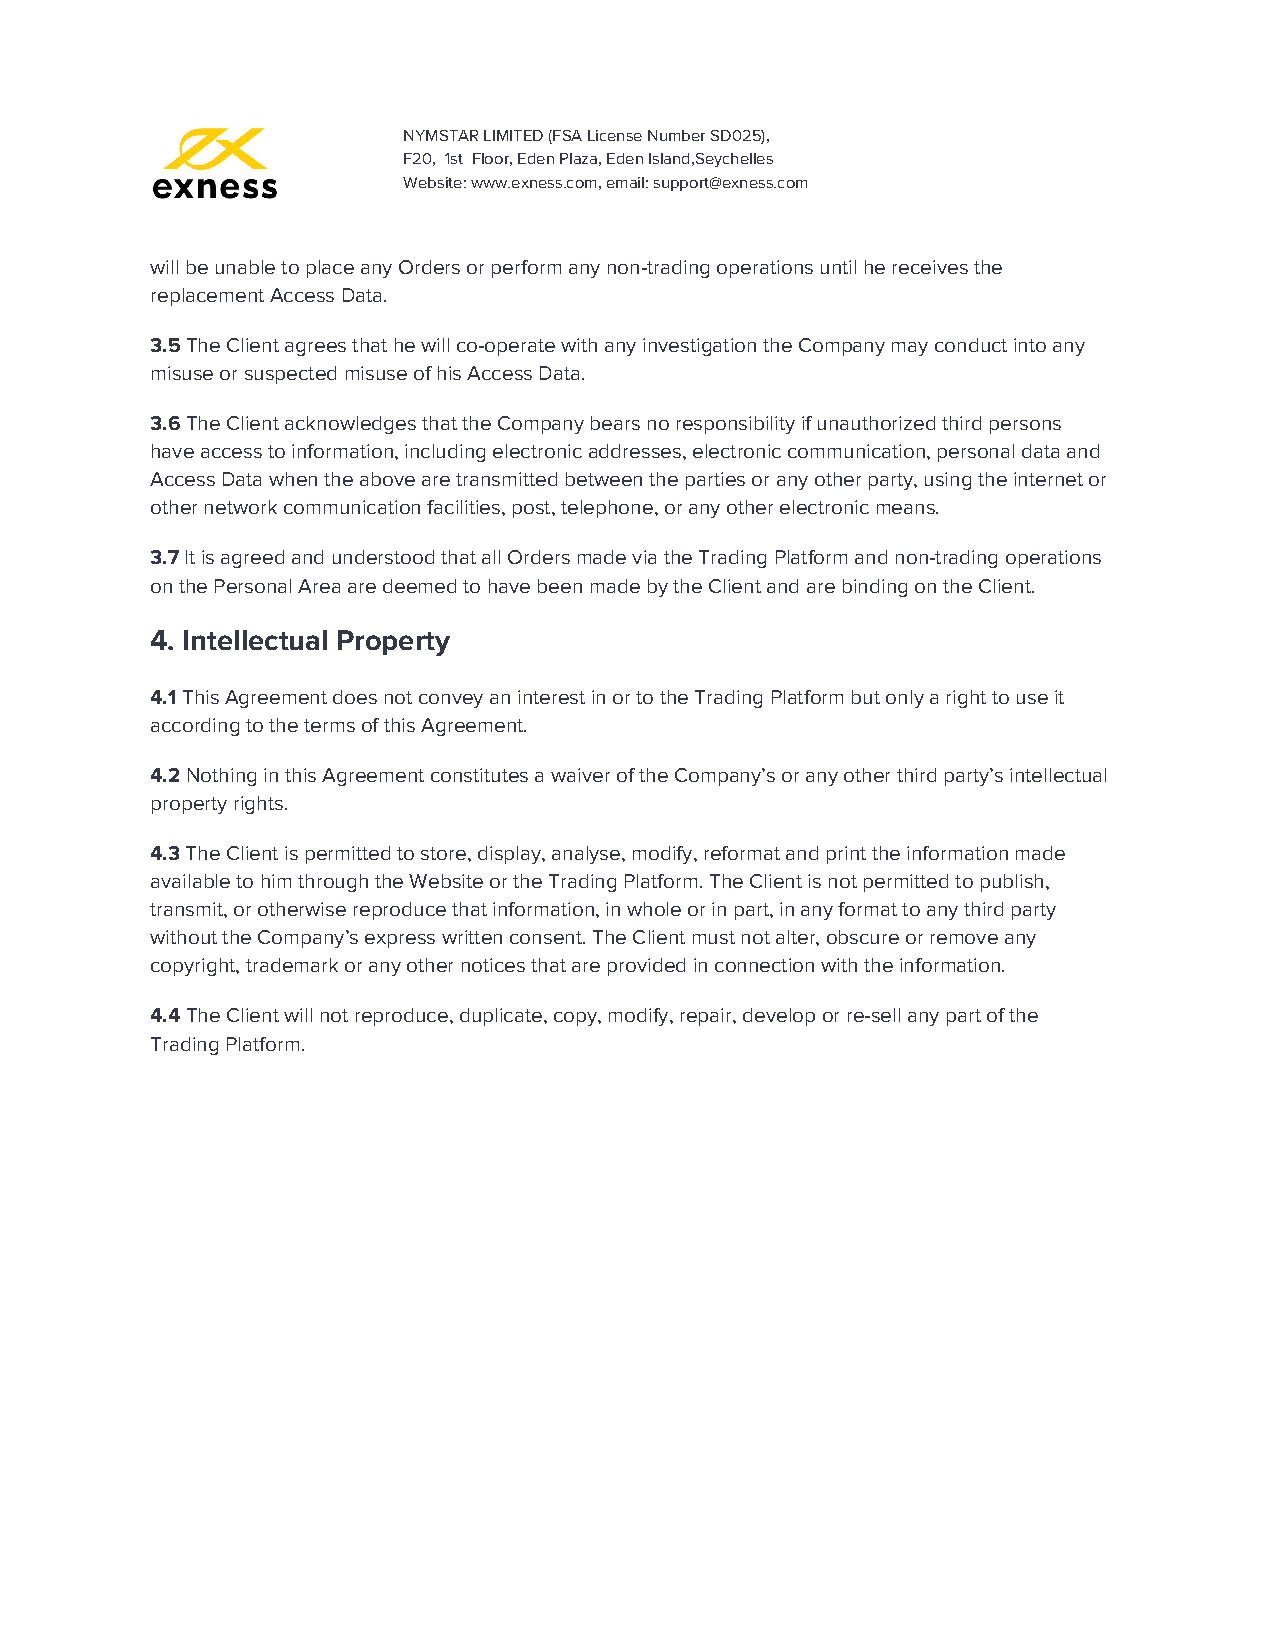
NYMSTAR LIMITED (FSA License Number SD025),
 F20, 1st Floor, Eden Plaza, Eden Island,Seychelles
 Website: www.exness.com, email: support@exness.com
 will be unable to place any Orders or perform any non-trading operations until he receives the
 replacement Access Data.
 3.5 The Client agrees that he will co-operate with any investigation the Company may conduct into any
 ​
 misuse or suspected misuse of his Access Data.
 3.6 The Client acknowledges that the Company bears no responsibility if unauthorized third persons
 ​
 have access to information, including electronic addresses, electronic communication, personal data and
 Access Data when the above are transmitted between the parties or any other party, using the internet or
 other network communication facilities, post, telephone, or any other electronic means.
 3.7 It is agreed and understood that all Orders made via the Trading Platform and non-trading operations
 ​
 on the Personal Area are deemed to have been made by the Client and are binding on the Client.
 4. Intellectual Property
 4.1 This Agreement does not convey an interest in or to the Trading Platform but only a right to use it
 ​
 according to the terms of this Agreement.
 4.2 Nothing in this Agreement constitutes a waiver of the Company’s or any other third party’s intellectual
 ​
 property rights.
 4.3 The Client is permitted to store, display, analyse, modify, reformat and print the information made
 ​
 available to him through the Website or the Trading Platform. The Client is not permitted to publish,
 transmit, or otherwise reproduce that information, in whole or in part, in any format to any third party
 without the Company’s express written consent. The Client must not alter, obscure or remove any
 copyright, trademark or any other notices that are provided in connection with the information.
 4.4 The Client will not reproduce, duplicate, copy, modify, repair, develop or re-sell any part of the
 ​
 Trading Platform.